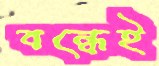
বন্ধেই